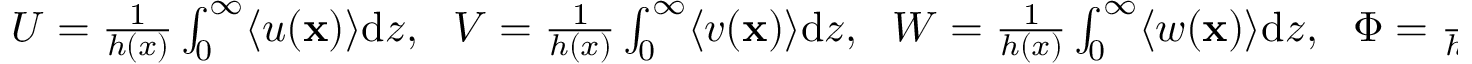
\begin{array} { r } { U = \frac { 1 } { h ( x ) } \int _ { 0 } ^ { \infty } \langle u ( \mathbf { x } ) \rangle \mathrm { d } z , \ \ V = \frac { 1 } { h ( x ) } \int _ { 0 } ^ { \infty } \langle v ( \mathbf { x } ) \rangle \mathrm { d } z , \ \ W = \frac { 1 } { h ( x ) } \int _ { 0 } ^ { \infty } \langle w ( \mathbf { x } ) \rangle \mathrm { d } z , \ \ \Phi = \frac { 1 } { h ( x ) } \int _ { 0 } ^ { \infty } \langle \phi ( \mathbf { x } ) \rangle \mathrm { d } z , \ \ } \end{array}